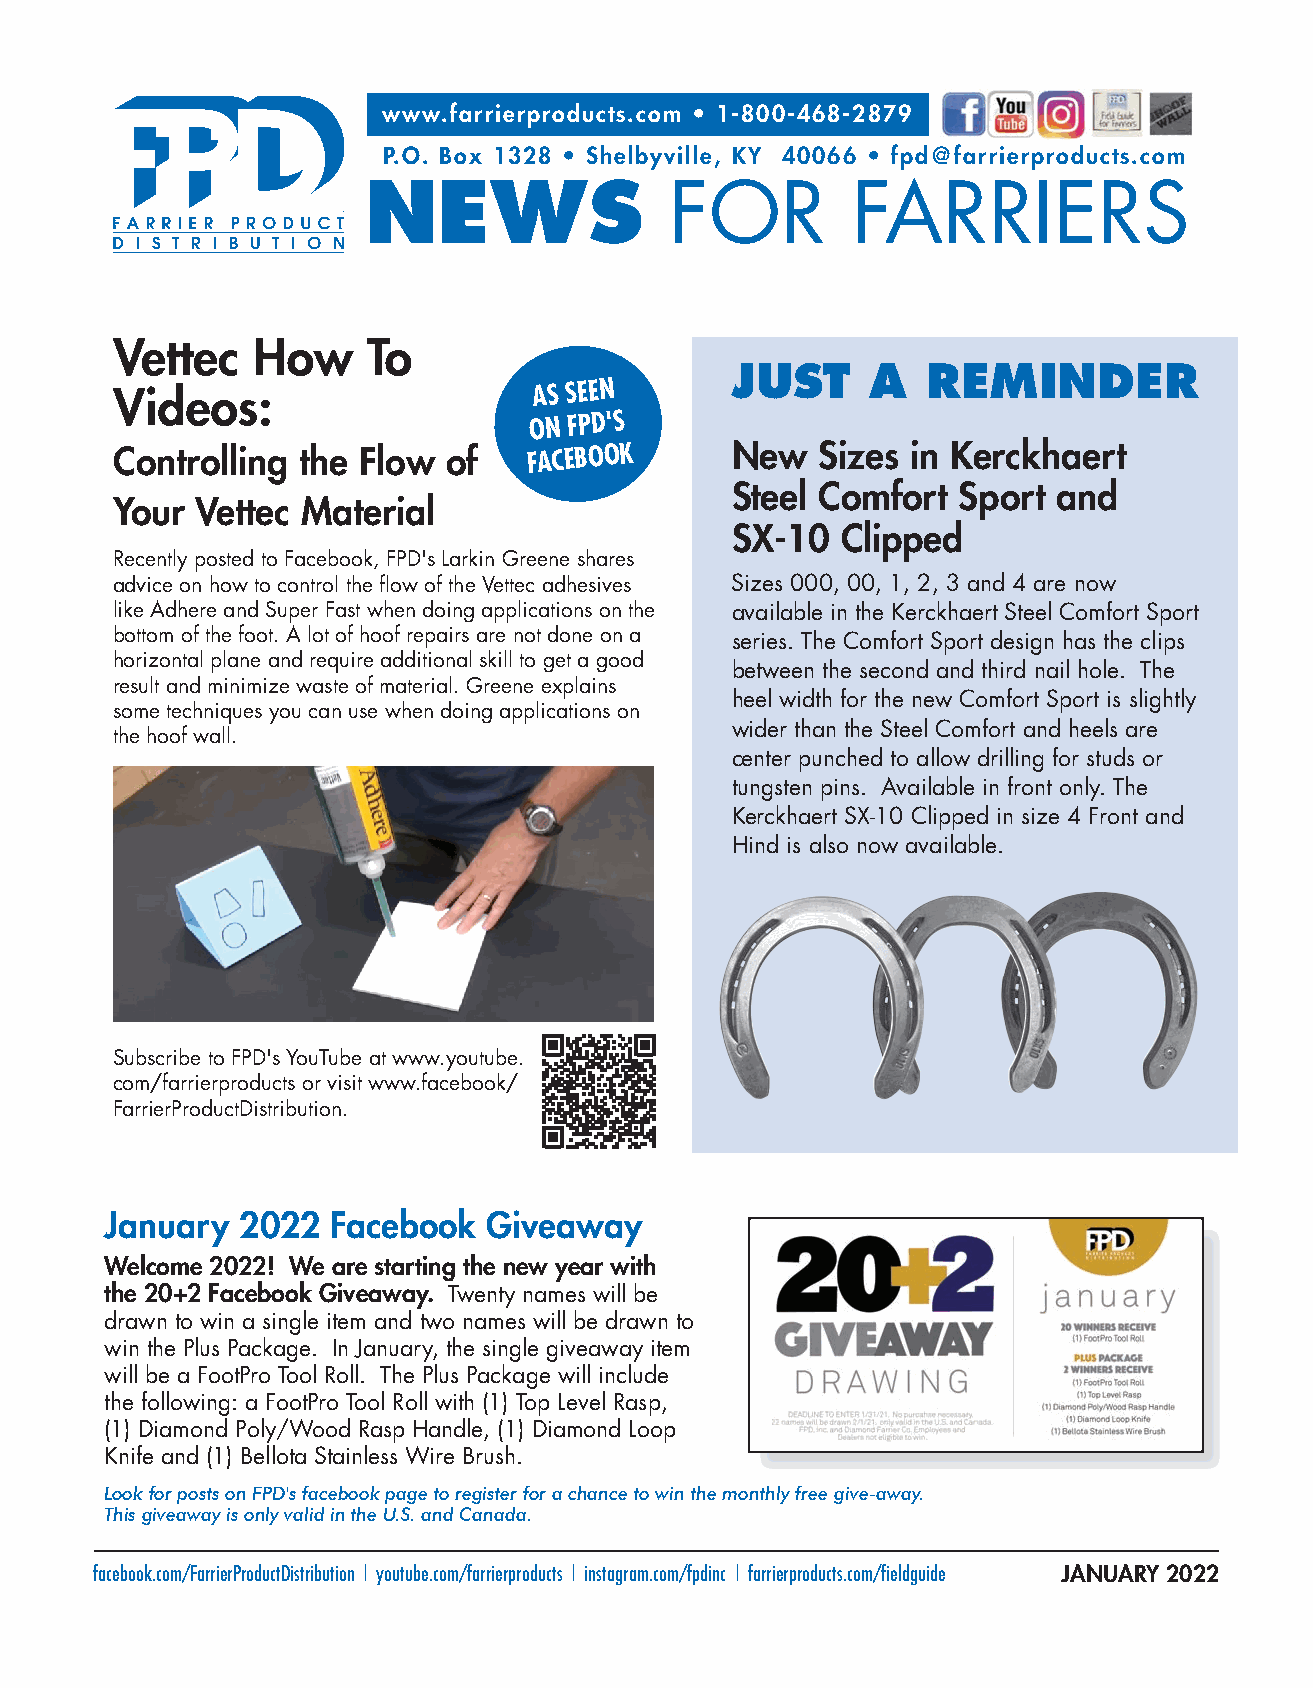
www.farrierproducts.com • 1-800-468-2879
 P.O. Box 1328 • Shelbyville, KY 40066 • fpd@farrierproducts.com
 NEWS                FOR         FARRIERS
 Vettec    How    To
 JUST      A  REMINDER
 Videos:                     AS SEEN
 ON
 FPD'S
 Controlling  the Flow of    FACEBOOK     New   Sizes in Kerckhaert
 Steel Comfort  Sport  and
 Your  Vettec Material
 SX-10   Clipped
 Recently posted to Facebook, FPD's Larkin Greene shares
 advice on how to control the flow of the Vettec adhesives Sizes 000, 00, 1, 2, 3 and 4 are now
 like Adhere and Super Fast when doing applications on the available in the Kerckhaert Steel Comfort Sport
 bottom of the foot. A lot of hoof repairs are not done on a series. The Comfort Sport design has the clips
 horizontal plane and require additional skill to get a good
 between the second and third nail hole. T he
 result and minimize waste of material. Greene explains
 heel width for the new Comfort Sport is slightly
 some techniques you can use when doing applications on
 wider than the Steel Comfort and heels are
 the hoof wall.
 center punched to allow drilling for studs or
 tungsten pins. Available in front only. The
 Kerckhaert SX-10 Clipped in size 4 Front and
 Hind is also now available.
 Subscribe to FPD's YouTube at www.youtube.
 com/farrierproducts or visit www.facebook/
 FarrierProductDistribution.
 January  2022  Facebook  Giveaway
 Welcome 2022! We are starting the new year with
 the 20+2 Facebook Giveaway. Twenty names will be
 drawn to win a single item and two names will be drawn to
 win the Plus Package. In January, the single giveaway item
 will be a FootPro Tool Roll. The Plus Package will include
 the following: a FootPro Tool Roll with (1) Top Level Rasp,
 (1) Diamond Poly/Wood Rasp Handle, (1) Diamond Loop
 Knife and (1) Bellota Stainless Wire Brush.
 Look for posts on FPD's facebook page to register for a chance to win the monthly free give-away.
 This giveaway is only valid in the U.S. and Canada.
 facebook.com/FarrierProductDistribution | youtube.com/farrierproducts | i nstagram.com/fpdinc | f arrierproducts.com/fieldguide JANUARY 2022